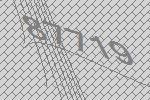
87719